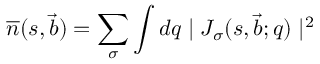
\overline { { { n } } } ( s , \vec { b } ) = \sum _ { \sigma } \int d q \mid J _ { \sigma } ( s , \vec { b } ; q ) \mid ^ { 2 }